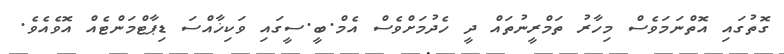
ގޮތުގައި އޮތްނަމަވެސް މިހާރު ތަމްރީނުތައް ދީ ހެދުމަށްވެސް އެމް.ބީ.ސީގައި ވަކިޚާއްސަ ޑިޕާޓްމަންޓެއް އޮވެއެވެ.